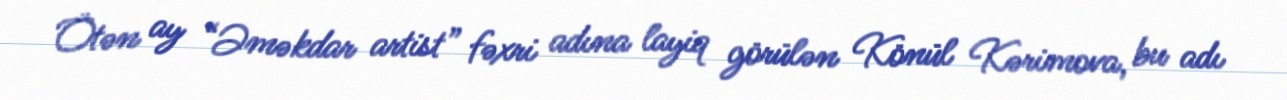
Ötən ay “Əməkdar artist” fəxri adına layiq görülən Könül Kərimova, bu adı